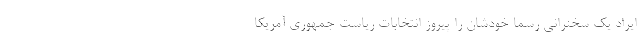
ایراد یک سخنرانی رسما خودشان را پیروز انتخابات ریاست جمهوری آمریکا